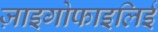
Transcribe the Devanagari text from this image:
ज़ाइगोफाइलिई